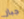
جبار